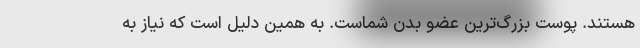
هستند. پوست بزرگ‌ترین عضو بدن شماست. به همین دلیل است که نیاز به